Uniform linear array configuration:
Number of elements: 32
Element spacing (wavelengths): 0.5
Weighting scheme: cosine
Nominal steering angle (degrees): -30
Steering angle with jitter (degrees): -28.635
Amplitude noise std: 0.05
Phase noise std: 0.05

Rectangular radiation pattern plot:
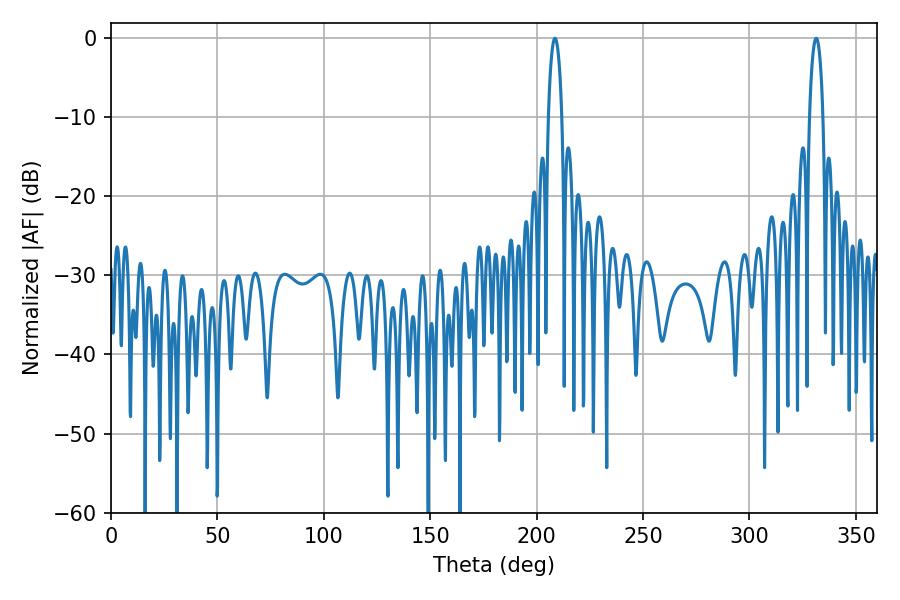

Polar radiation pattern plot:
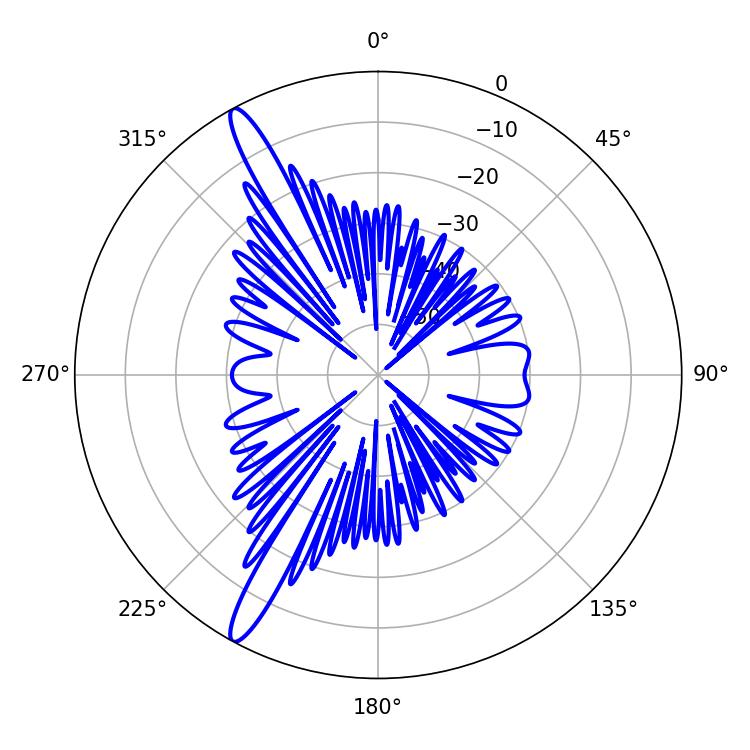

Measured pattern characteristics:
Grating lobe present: FALSE
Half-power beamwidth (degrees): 3.6
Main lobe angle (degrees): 208.62